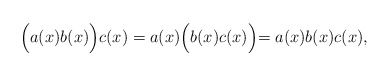
\begin{align*}\Bigl(a(x) b(x) \Bigl) c(x) = a(x) \Bigl(b(x) c(x)\Bigl) = a(x) b(x) c(x) , \end{align*}